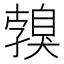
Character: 𦤣